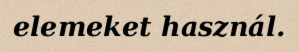
elemeket használ.